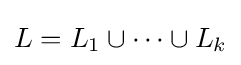
L=L_{1}\cup \dots \cup L_{k}